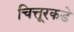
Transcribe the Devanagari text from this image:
चित्तूरकडे